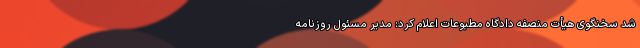
شد سخنگوی هیأت منصفه دادگاه مطبوعات اعلام کرد: مدیر مسئول روزنامه